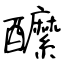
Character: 醿